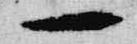
一